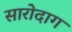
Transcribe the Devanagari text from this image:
सारोदाग